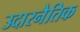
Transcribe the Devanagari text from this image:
उदारनैतिक